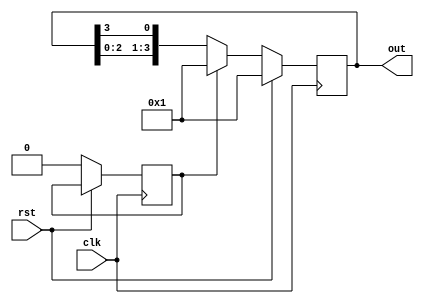
`timescale 1ns / 1ps
module four_bit_ring_counter(clk, rst, out);
input clk, rst;
output reg [3:0] out;
reg init=1'b1;

always @(posedge clk) begin
if(rst == 1'b1) out = 4'b0001;
else if(init) begin
out<=4'b0001;
init<=1'b0;
end
else begin
out<={out[2:0], out[3]};end
end
endmodule